Burma Government Medical School reports 1907-22
Year: 1907
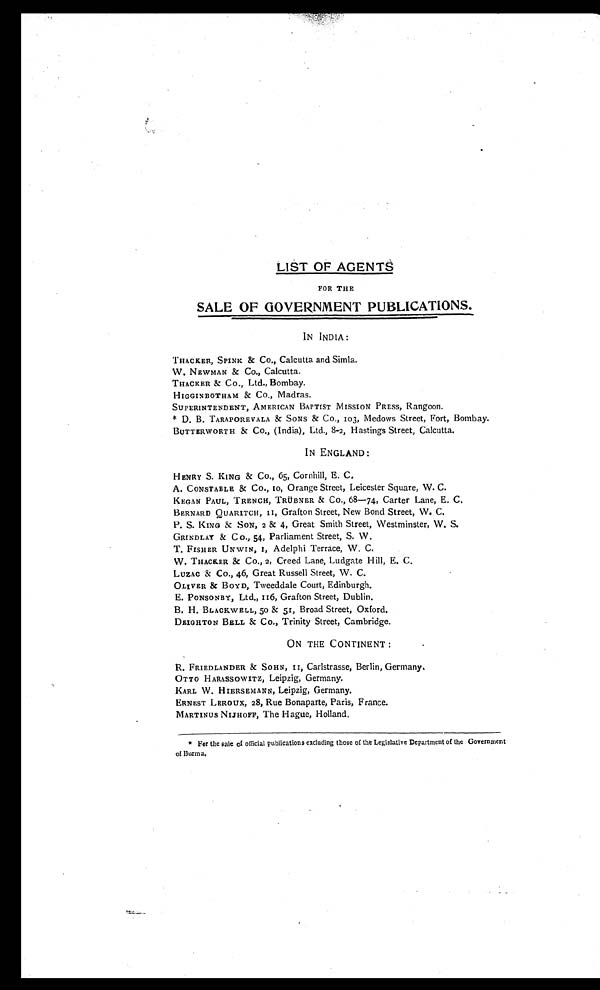
LIST OF AGENTS
FOR THE
SALE OF GOVERNMENT PUBLICATIONS.
IN INDIA :
THACKER, SPINK & Co., Calcutta and Simla,
W. NEWMAN & Co., Calcutta.
THACKER & CO., Ltd., Bombay.
HIGGINBOTHAM & Co., Madras.
SUPERINTENDENT, AMERICAN BAPTIST MISSION PRESS, Rangoon.
* D. B. TARAPOREVALA & SONS & CO., 103, Medows Street, Fort, Bombay.
BUTTERWORTH & Co., (India), Ltd., 8-2, Hastings Street, Calcutta.
IN ENGLAND:
HENRY S. KING & Co., 65, Cornhill, E. C.
A. CONSTABLE & Co., to, Orange Street, Leicester Square, W. C.
KEGAN PAUL, TRENCH, TRÜBNER & Co., 68—74, Carter Lane, E. C.
BERNARD QUARITCH, II, Grafton Street, New Bond Street, W. C.
P. S. KING & SON, 2 & 4, Great Smith Street, Westminster, W. S.
GRINDLAY & Co., 54, Parliament Street, S. W.
T. FISHER UNWIN, I, Adelphi Terrace, W. C.
W. THACKER & Co., 2, Creed Lane, Ludgate Hill, E. C.
LUZAC & Co., 46, Great Russell Street, W. C.
OLIVER & BOYD, Tweeddale Court, Edinburgh.
E. PONSONBY, Ltd., 116, Grafton Street, Dublin.
B. H. BLACKWELL, 50 & 51, Broad Street, Oxford.
DEIGHTON BELL & Co., Trinity Street, Cambridge.
ON THE CONTINENT:
R. FRIEDLANDER & SOHN, II, Carlstrasse, Berlin, Germany
. OTTO HARASSOWITZ, Leipzig, Germany.
KARL W. HIERSEMANN, Leipzig, Germany.
ERNEST LEROUX, 28, Rue Bonaparte, Paris, France.
MARTINUS NIJHOFF, The Hague, Holland.
* For the sale of official publications excluding those of the Legislative Department of the Government
of Burma.